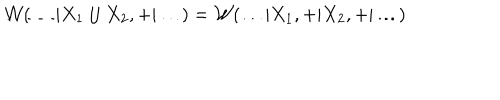
{ \cal W } ( \ldots | X _ { 1 } \cup X _ { 2 } , + | \ldots ) = { \cal W } ( \ldots | X _ { 1 } , + | X _ { 2 } , + | \ldots )